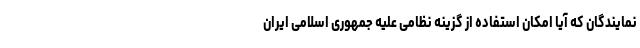
نمایندگان که آیا امکان استفاده از گزینه نظامی علیه جمهوری اسلامی ایران